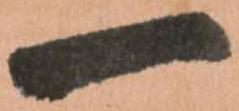
一